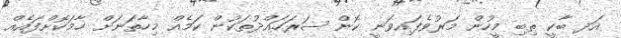
އަދ ބާކީ ތިބި މީހުން މަރުވެފައިވަނީ ކޮން ސަރަހައްދުތަކުން ކަމެއް މިހާތަނަށް ހާމަކޮށްފައެއް